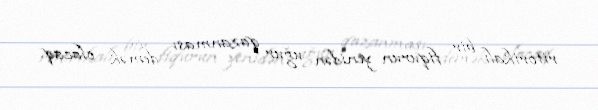
ritorikalı bir fiqurun yenidən uğur qazanması demək olacaq.